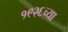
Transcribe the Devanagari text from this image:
१९२६च्या